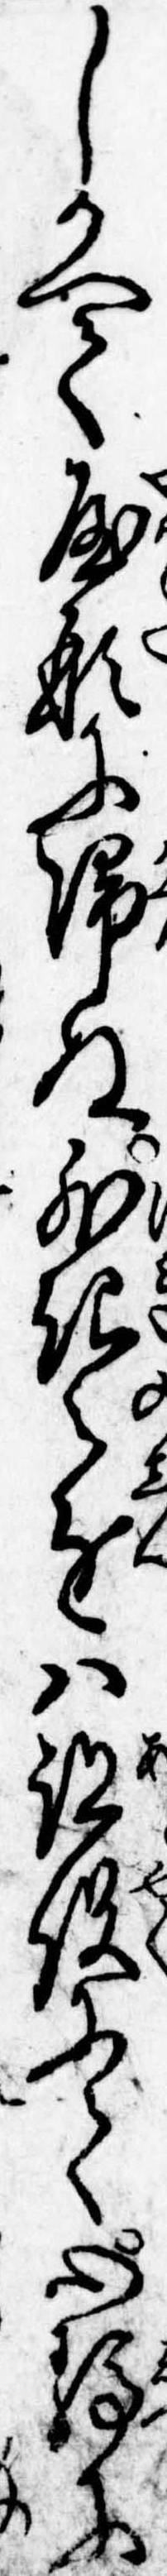
しかへて屋形に帰ぬ外記之進は跡役にて心静に